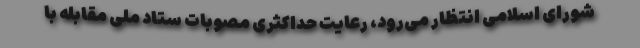
شورای اسلامی انتظار می‌رود، رعایت حداکثری مصوبات ستاد ملی مقابله با